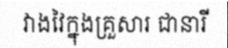
វាងវៃក្នុងគ្រួសារ ជានារី